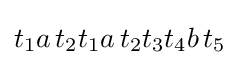
t_{1}a\,t_{2}t_{1}a\,t_{2}t_{3}t_{4}b\,t_{5}